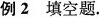
例2填空题。